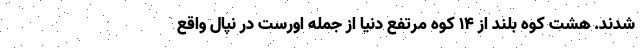
شدند. هشت کوه بلند از ۱۴ کوه مرتفع دنیا از جمله اورست در نپال واقع